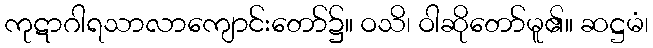
ကုဋာဂါရသာလာကျောင်းတော်၌။ ဝသိ၊ ဝါဆိုတော်မူ၏။ ဆဋ္ဌမံ၊